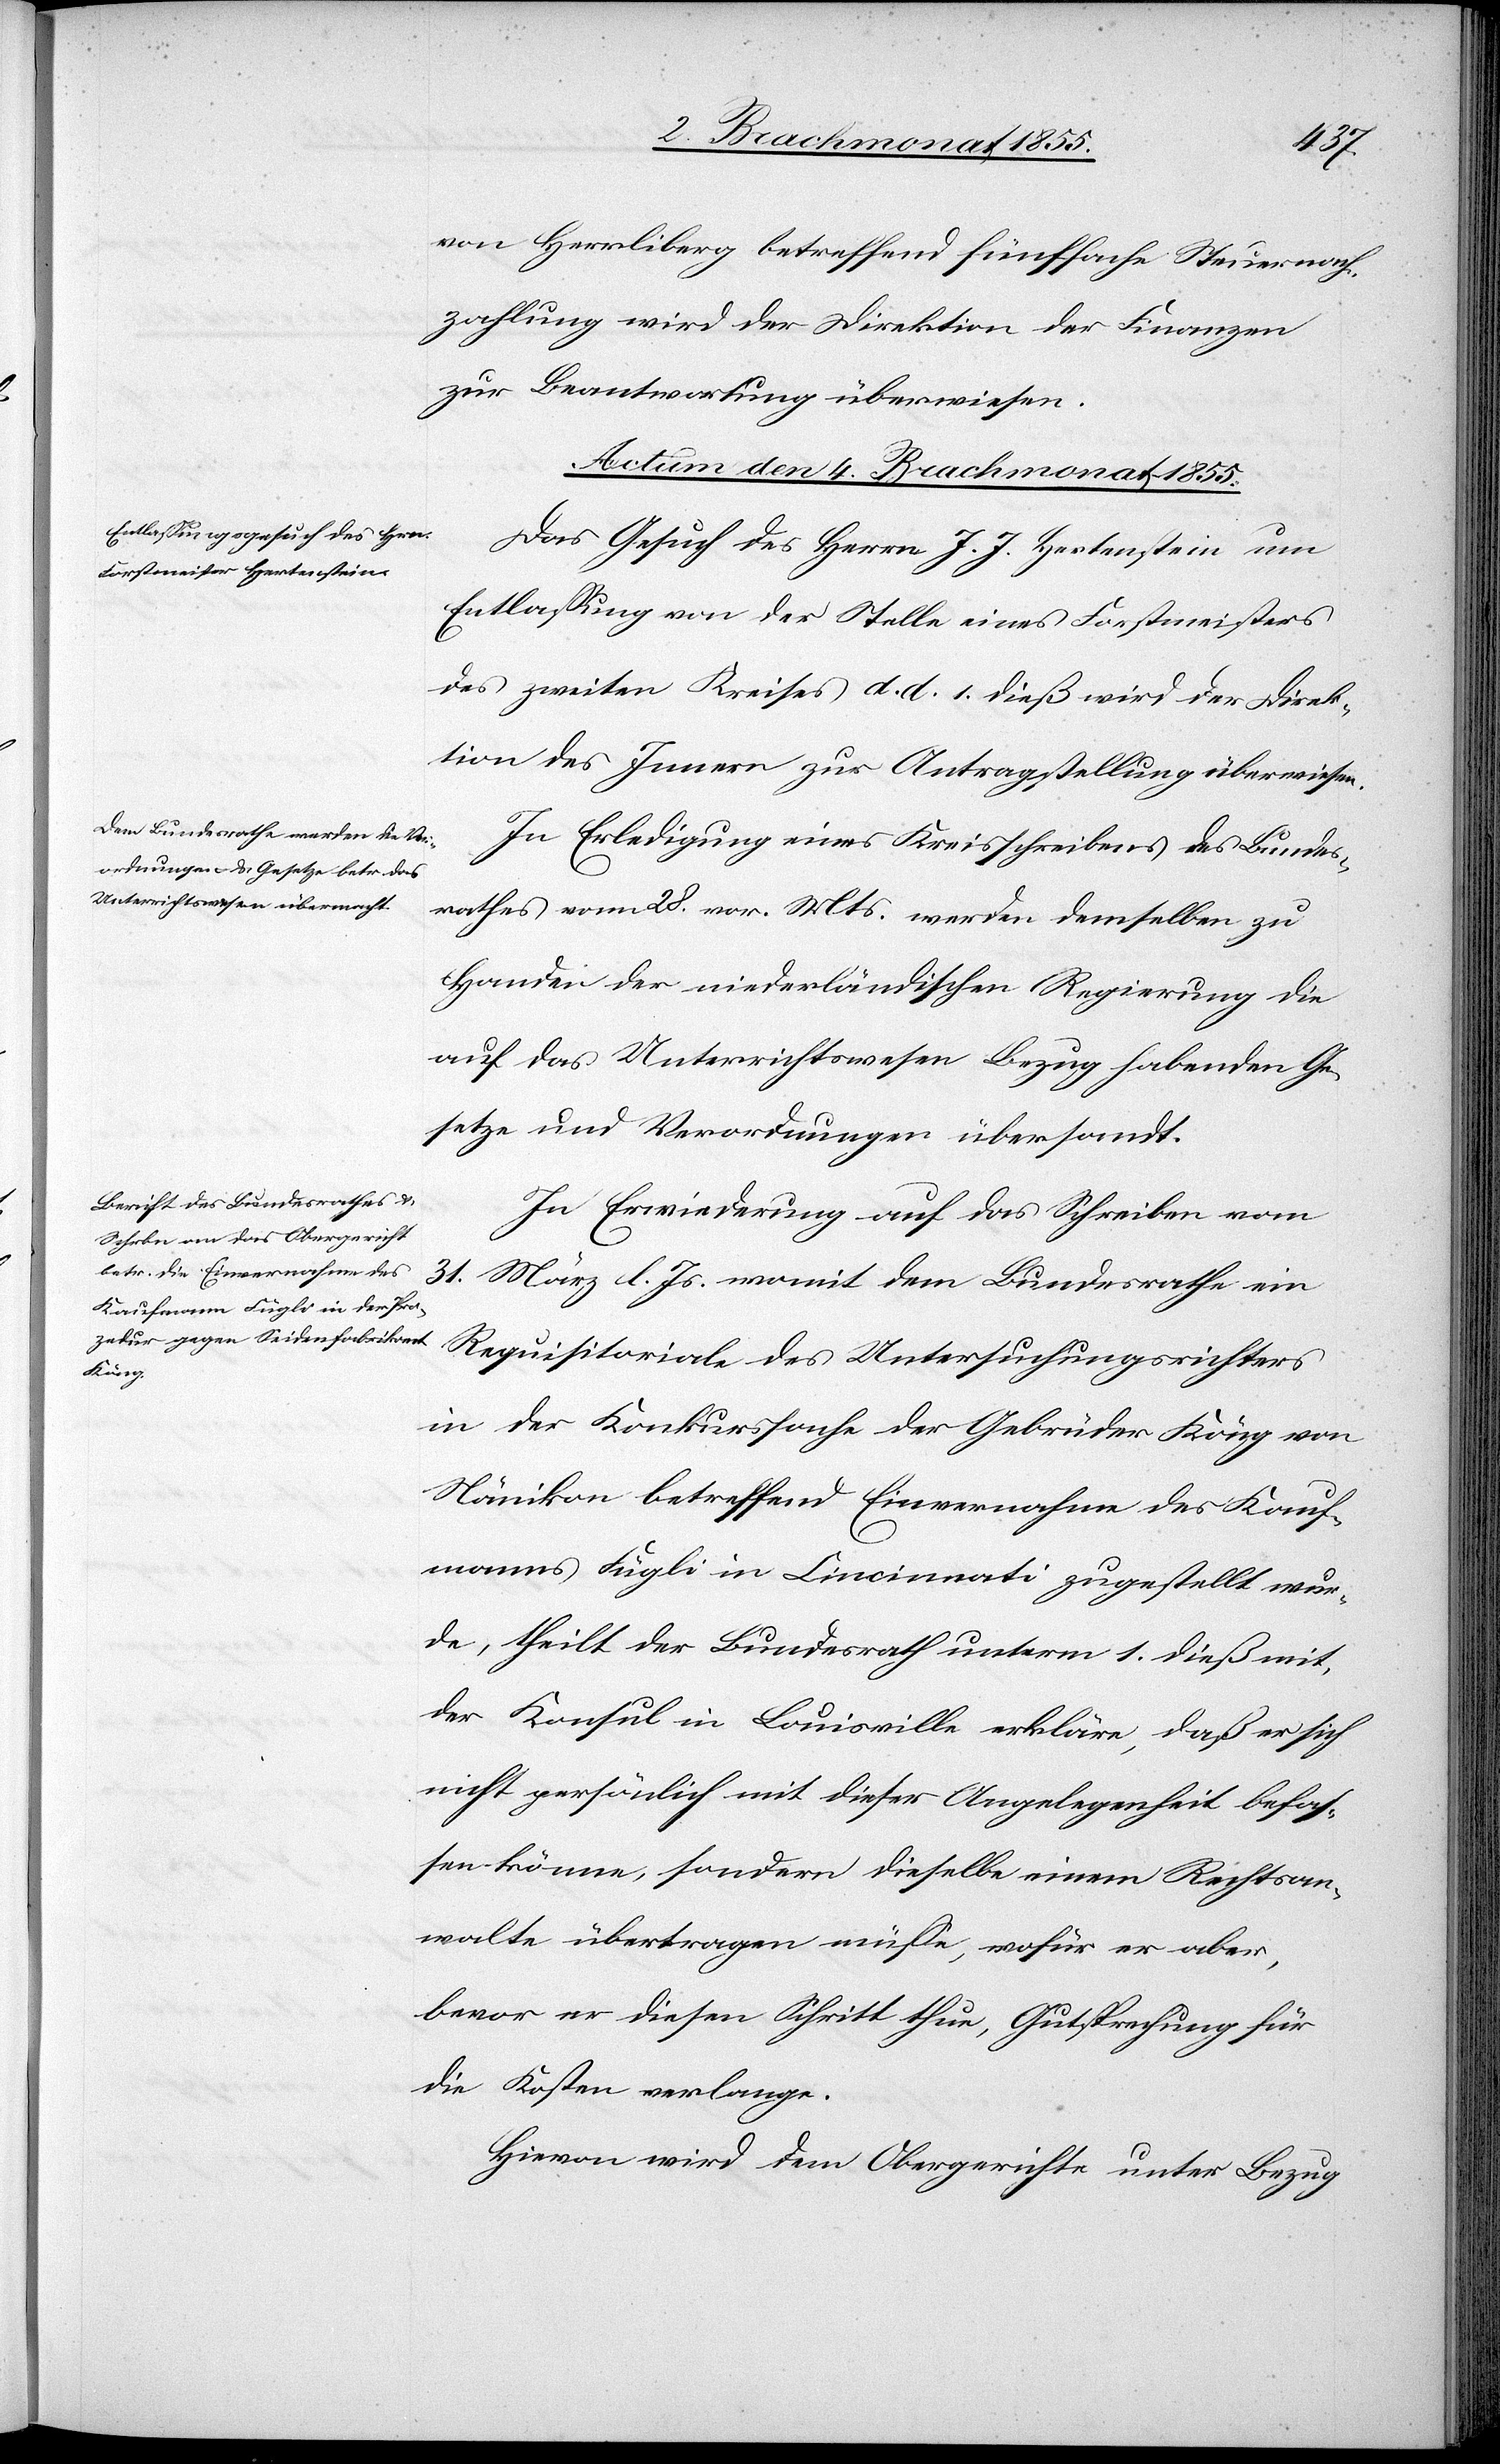
von Herrliberg betreffend fünffache Steuernach¬
zahlung wird der Direktion der Finanzen
zur Beantwortung überwiesen.
Actum den 4. Brachmonat 1855.]
Das Gesuch des Herrn J. J. Hertenstein um
Entlassung von der Stelle eines Forstmeisters
des zweiten Kreises d. d. 1. dieß wird der Direk¬
tion des Innern zur Antragstellung überwiesen.
In Erledigung eines Kreisschreibens des Bundes¬
rathes vom 28. vor. Mts. werden demselben zu
Handen der niederländischen Regierung die
auf das Unterrichtswesen Bezug habenden Ge¬
setze und Verordnungen übersandt.
In Erwiederung auf das Schreiben vom
31. März l. Js. womit dem Bundesrathe ein
Requisitoriale des Untersuchungsrichters
in der Konkurssache der Gebrüder Köng von
Nänikon betreffend Einvernahme des Kauf¬
manns Fügli in Cincinnati zugestellt wur¬
de, theilt der Bundesrath unterm 1. dieß mit,
der Konsul in Louisville erkläre, daß er sich
nicht persönlich mit dieser Angelegenheit befas¬
sen könne, sondern dieselbe einem Rechtsan¬
walte übertragen müsse, wofür er aber,
bevor er diesen Schritt thue, Gutsprechung für
die Kosten verlange.
Hievon wird dem Obergerichte unter Bezug